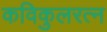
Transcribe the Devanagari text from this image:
कविकुलरत्न